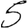
Digit: 5